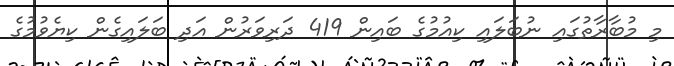
މި މުބާރާތުގައި ނުބަލައި ކިއުމުގެ ބައިން 419 ދަރިވަރުން އަދި ބަލައިގެން ކިޔެވުމުގެ